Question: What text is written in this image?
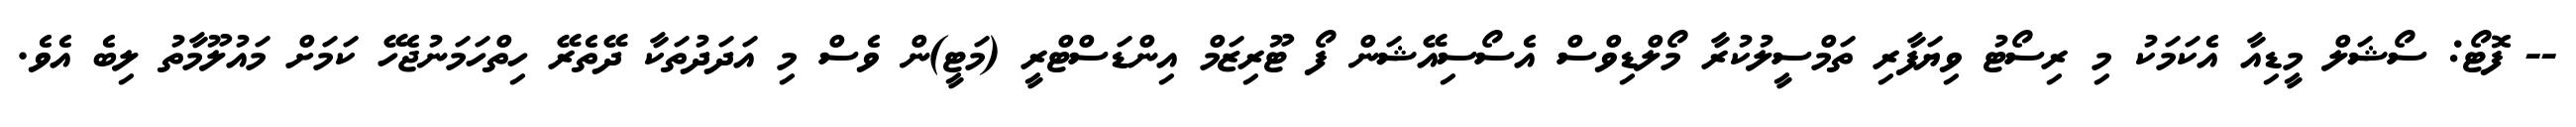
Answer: -- ފޮޓޯ: ސޯޝަލް މީޑިއާ އެކަމަކު މި ރިސޯޓު ވިޔަފާރި ތަމްސީލުކުރާ މޯލްޑިވްސް އެސޯސިއޭޝަން ފޯ ޓޫރިޒަމް އިންޑަސްޓްރީ (މަޓީ)ން ވެސް މި އަދަދުތަކާ ދޭތެރޭ ހިތްހަމަނުޖެހޭ ކަމަށް މައުލޫމާތު ލިބެ އެވެ.